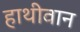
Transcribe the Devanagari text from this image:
हाथीवान